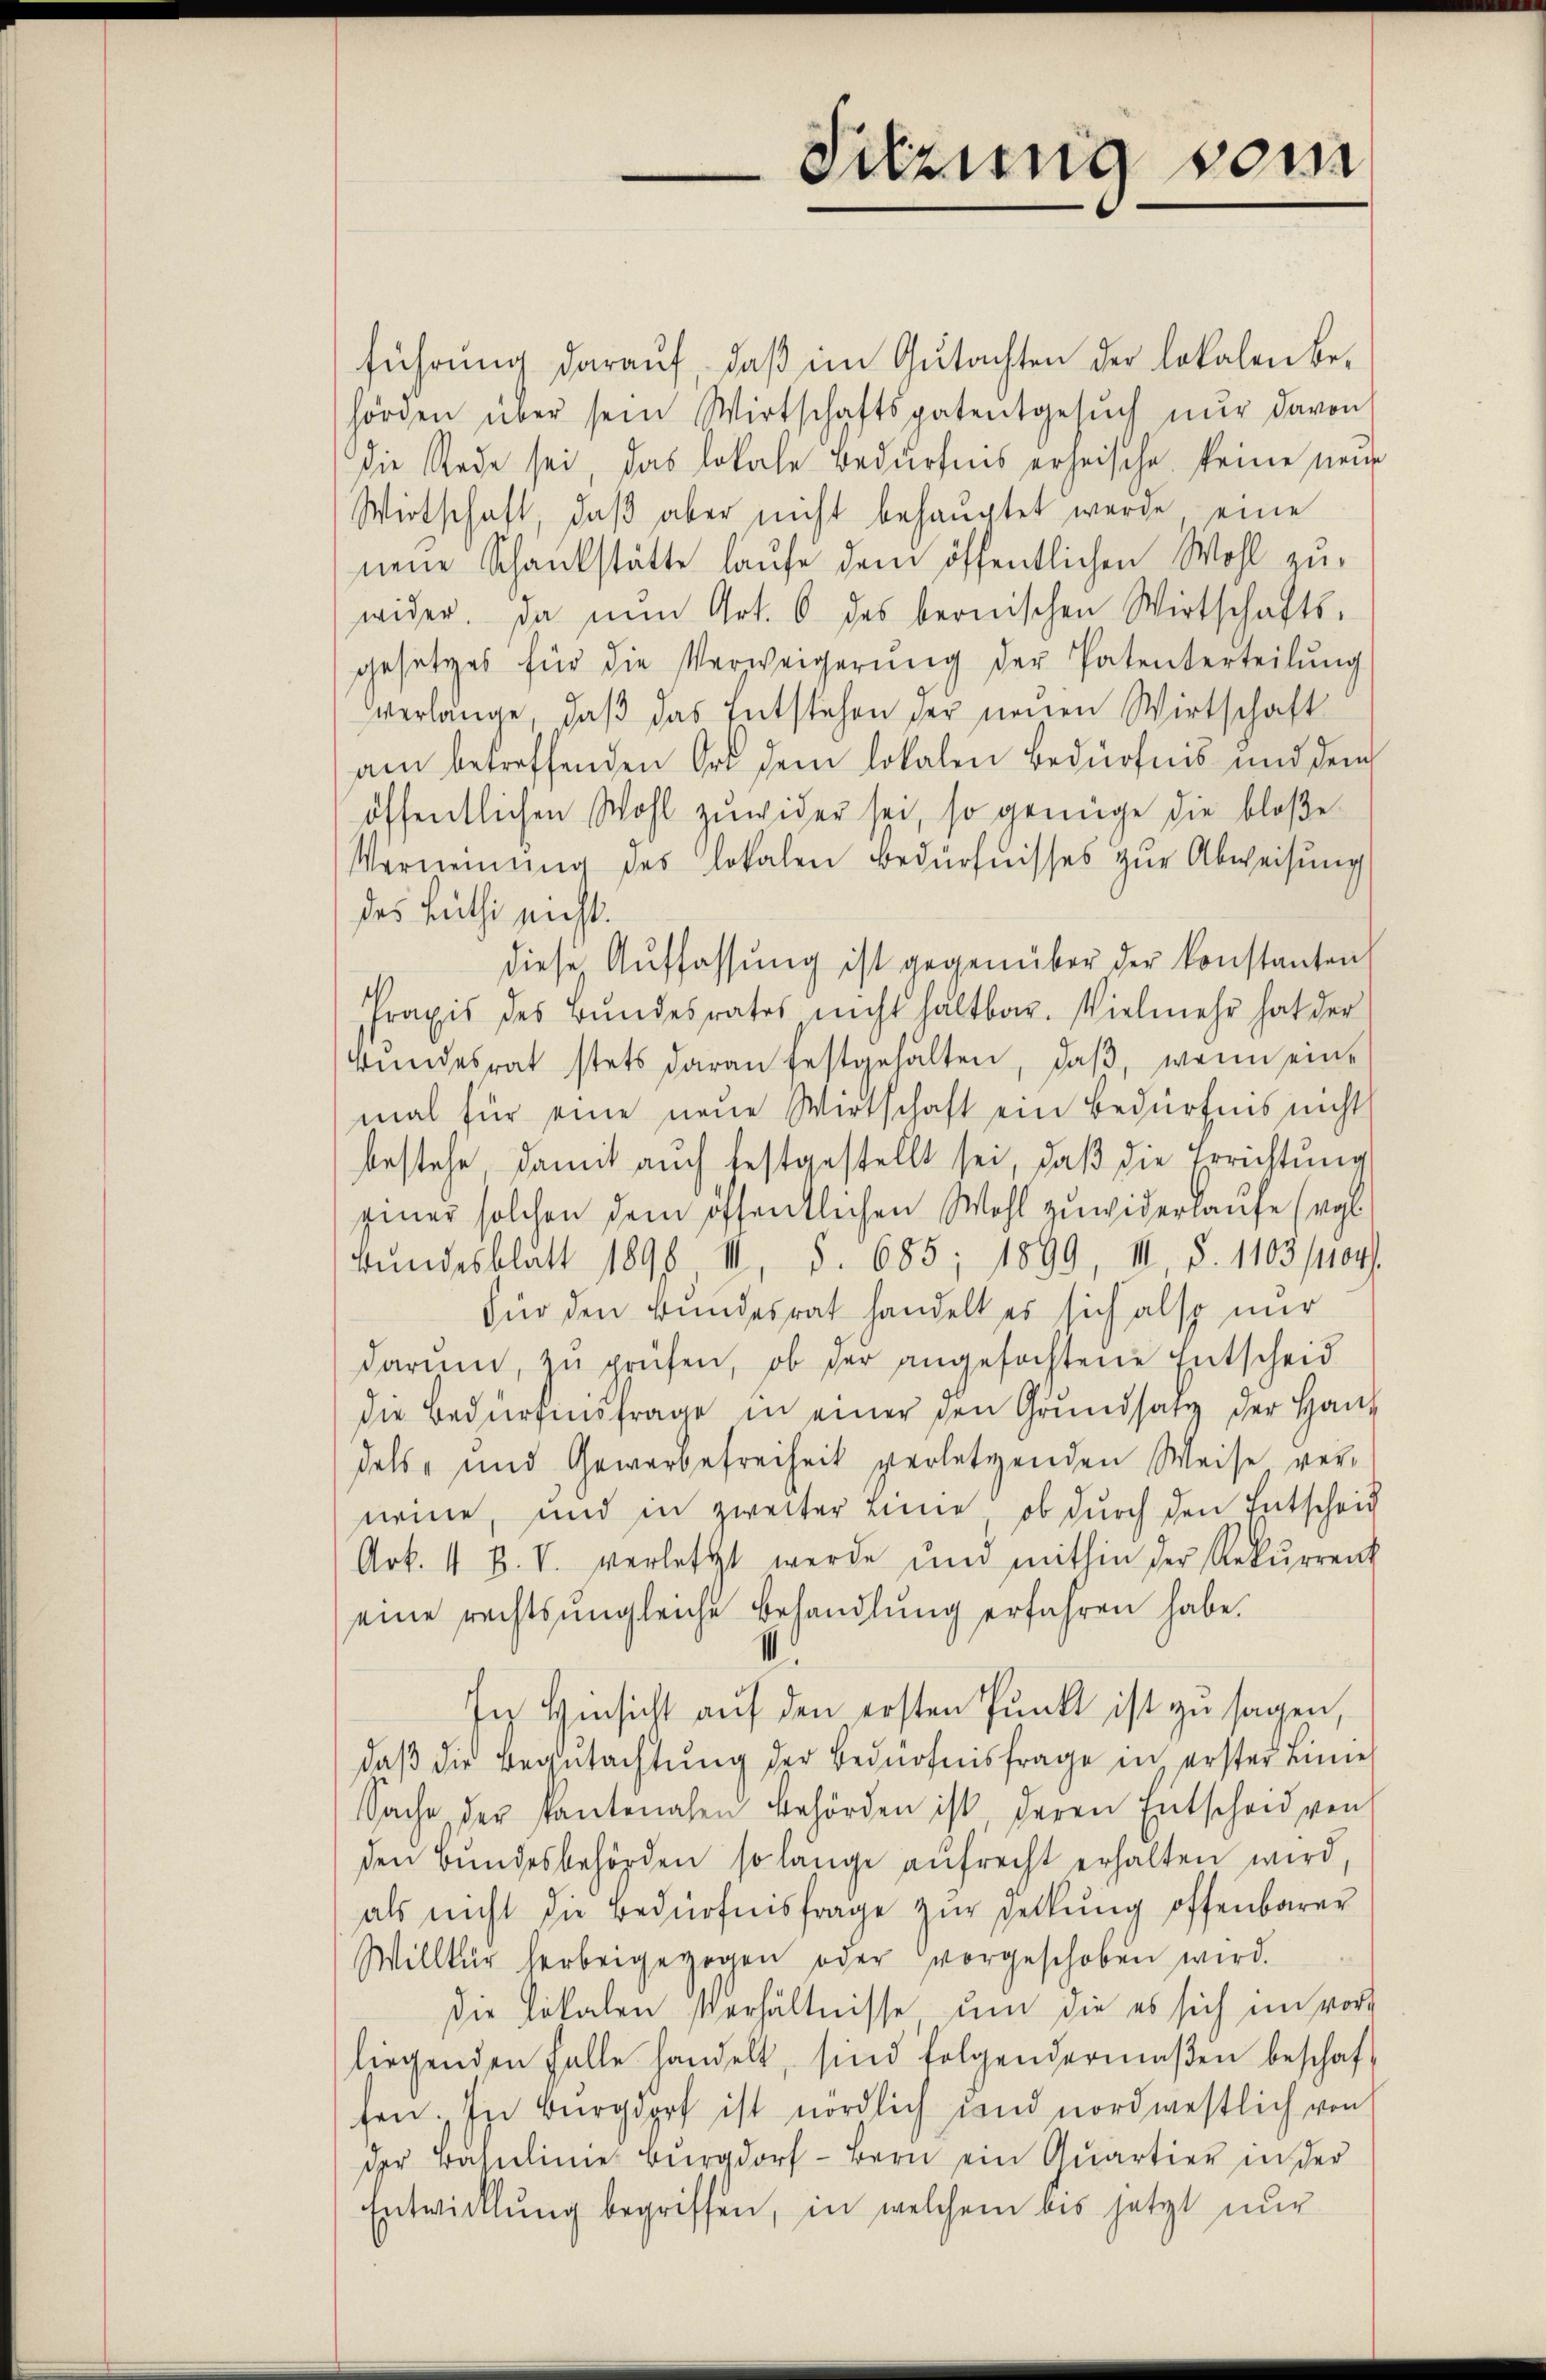
führŭng daraŭf, daβ im Gutachten der lokalen be-
hörden über sein Wirtschaftspatentgesŭch nŭr davon
Die Rede sei, das lokale Bedürfnis erheische keine neue
Wirtschaft, daβ aber nicht behauptet werde eine
neue Schankstätte laufe dem öffentlichen Wohl zu-
wider. Da nun Art. 6 des bernischen Wirtschafts-
gesetzes für die Verweigerŭng der Patenterteilŭng
verlänge, daß das Entstehen der neuen Wirtschaft
am betreffenden Ort dem lokalen Bedürfnis und dem
öffentlichen Wohl zuwider sei, so genüge die bloße
Vernennung des lokalen Bedürfnisses zur Abweisung
des Lüth nicht.
diese Auffassŭng ist gegenüber der konstanten
Praxis des Bundesrates nicht haltbar. Vielmehr hat der
Bŭndesrat stets daran festgehalten, daβ, wenn ein-
mal für eine neue Wirtschaft ein Bedürfnis nicht
bestehe damit auch festgestellt sei, daβ die Errichtung
siner solchen dem öffentlichen Wohl zuwiderlaufe (vgl.
Bŭndesblatt 1890, II, S. 685; 1899, III S. 1103/1104.
Für den Bundesrat handelt es sich also nur
darŭm, zu prüfen, ob der angefochtene Entscheid
die Bedürfensfrage in einer den Grundsatz der Haus
dels- und Gewerbefreiheit verletzenden Weise ver-
neine, und in zweiter Linne, ob durch den Entscheid
Art. 11 B. V. verletzt werde und mithin der Rekurrent
eine rechts ungleiche Behandlung erfahren habe.
In Hinsicht auf den ersten Punkt ist zu sagen,
daβ die Begutachtung der Bedürfnisfrage in erster Linie
Sache der Pantonalen Behörden ist deren Entscheid von
den Bŭndesbehörden so länge aŭfrecht erhalten wird,
als nicht die Bedürfnisfrage zur Deckung offenbarer
Willkür herbeigezogen oder vorgeschoben wird.
die Lokalen Verhältnisse um die es sich im vorg
liegenden Falle handelt, sind folgendermaβen beschaf
fen. In Burgdorf ist nördlich und nordwestlich von
der Baselline Burgdorf- Bern ein Qŭartier in der
Entwicklung begriffen, in welchem bis jetzt nur

Sitzung vom